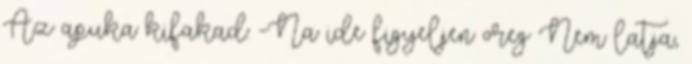
Az apuka kifakad: -Na ide figyeljen oreg Nem latja,